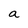
Character: a